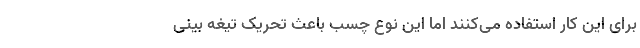
برای این کار استفاده می‌کنند اما این نوع چسب باعث تحریک تیغه بینی